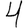
Digit: 4